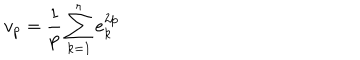
LaTeX: v _ { p } = \frac { 1 } { p } \sum _ { k = 1 } ^ { r } e _ { k } ^ { 2 p }